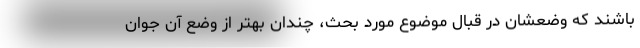
باشند که وضعشان در قبال موضوع مورد بحث، چندان بهتر از وضع آن جوان